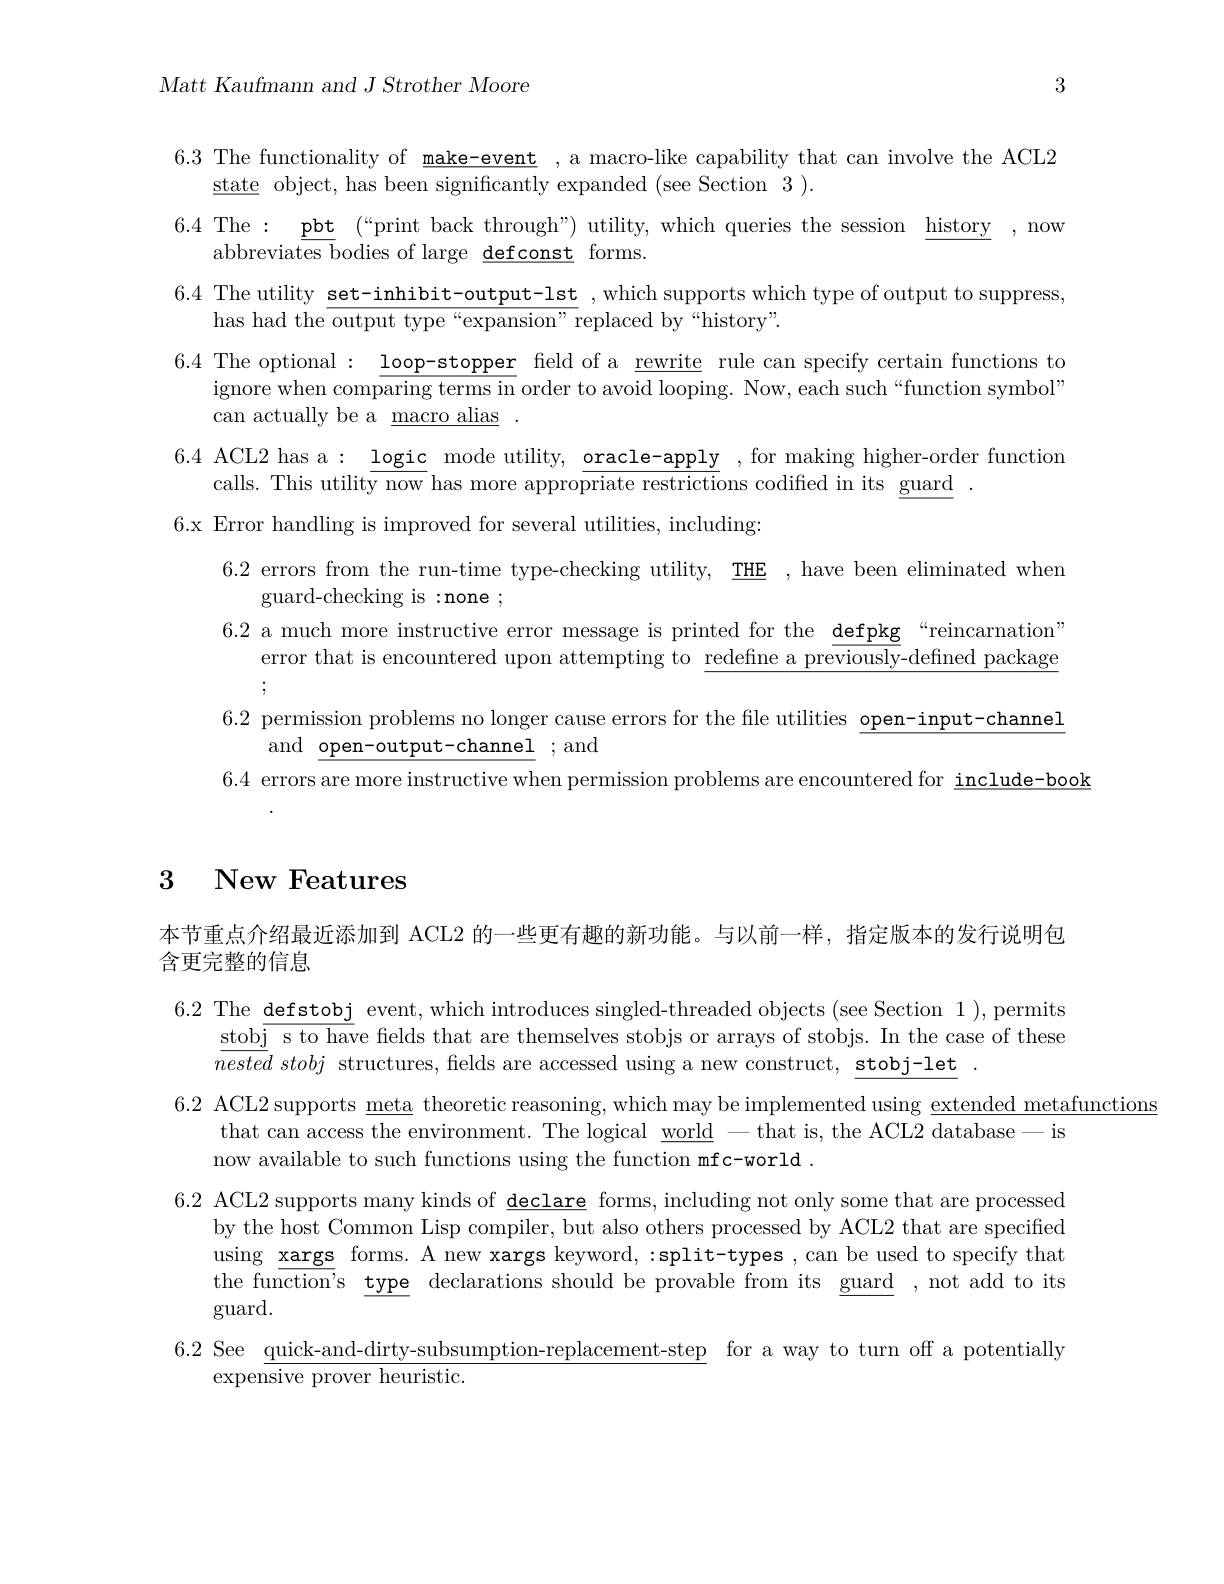
$Matt~Kaufmann~and~J~Strother~Moore$

3

6.3 The functionality of make-event , a macro-like capability that can involve the ACL2
$\underline {\mathrm{state}}$ object, has been significantly expanded (see Section 3).
6.4 The: $\underline {\mathrm{pbt~( “ print~back~through” ) ~utility, ~which~queries~the~session~\underline {history}~, ~now}}$
abbreviates bodies of large $\underline{\mathrm{defconst}}$ forms.
6.4 The utility set-inhibit-output-lst ,which supports which type of output to suppress,
has had the output type“expansion”replaced by“history”.
6.4 The optional : $\underline\text{loop-stopper}$ feld of a rewrite rule can specify certain functions to
ignore when comparing terms in order to avoid looping. Now, each such“function symbol”
can actually be a $\underline\text{macro alias}.$
6.4 ACL2 has a$:\underline\text{logic}$ mode utility, $\underline\text{oracle-apply}$, for making higher-order function
calls. This utility now has more appro$\overline\text{priate restrictions codified in its guard}.$
6.x Error handling is improved for several utilities, including:
6.2 errors from the run-time type-checking utility, THE , have been eliminated when
guard-checking is :none ;
6.2 a much more instructive error message is printed for the defpkg“reincarnation”
error that is encountered upon attempting to $\underline\text{redefine a previously}$-defined package
;
6.2 permission problems no longer cause errors for the file utilities open-input-channel
and open-output-channel ;and
6.4 errors are more instructive when permission problems are encountered for include-book

# 3 New Features

本节重点介绍最近添加到 ACL2 的一些更有趣的新功能。与以前一样，指定版本的发行说明包
含更完整的信息
6.2 The defstobj event, which introduces singled-threaded objects (see Section 1),permits
stob$\overline\text{j s to have fields that are themselves stobjs or arrays of stobjs. In the case of these}$
$\overline {nested}\textit{ stobj structures, fields are accessed using a new construct, stobj- let}.$
6.2 ACL2 supports meta theoretic reasoning, which may be implemented using extended metafunctions
that can access the environment. The logical $\underline\mathrm{world}-$that is, the ACL2 database-is
now available to such functions using the function mfc-world .
6.2 ACL2 supports many kinds of $\underline\text{declare}$ forms, including not only some that are processed
by the host Common Lisp compiler, but also others processed by ACL2 that are specified using $\underline{\mathrm{xargs}}$ forms. A new xargs keyword, :split-types , can be used to specify that the function's type declarations should be provable from its guard , not add to its $\gcd$uard.
6.2 See quick-and-dirty-subsumption-replacement-step for a way to turn off a potentially
expensive prover heuristic.